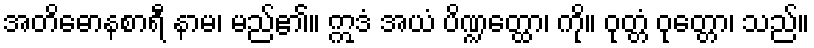
အတိဓောနစာရီ နာမ၊ မည်၏။ ဣဒံ အယံ ပိဏ္ဍတ္ထော၊ ကို။ ဝုတ္တံ ဝုတ္တော၊ သည်။